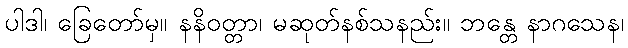
ပါဒါ၊ ခြေတော်မှ။ နနိဝတ္တာ၊ မဆုတ်နစ်သနည်း။ ဘန္တေ နာဂသေန၊